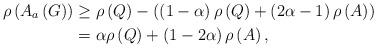
LaTeX: \begin{align*}\rho\left( A_{a}\left( G\right) \right) & \geq\rho\left( Q\right)-\left( \left( 1-\alpha\right) \rho\left( Q\right) +\left(2\alpha-1\right) \rho\left( A\right) \right) \\& =\alpha\rho\left( Q\right) +\left( 1-2\alpha\right) \rho\left(A\right) ,\end{align*}